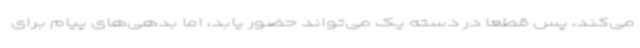
می‌کند، پس قطعا در دسته یک می‌تواند حضور یابد، اما بدهی‌های پیام برای